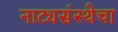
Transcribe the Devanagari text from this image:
नाट्यसंस्थेचा